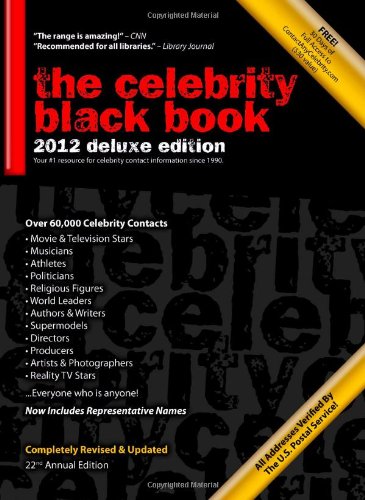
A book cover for The Celebrity Black Book 2012: Over 60,000+ Accurate Celebrity Addresses for Autographs, Charity Donations, Signed Memorabilia, Celebrity Endorsements, Media Interviews and More!; Crafts, Hobbies & Home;